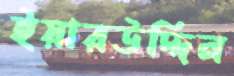
ইয়ারউদ্দিন